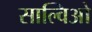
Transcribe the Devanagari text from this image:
साल्विओ